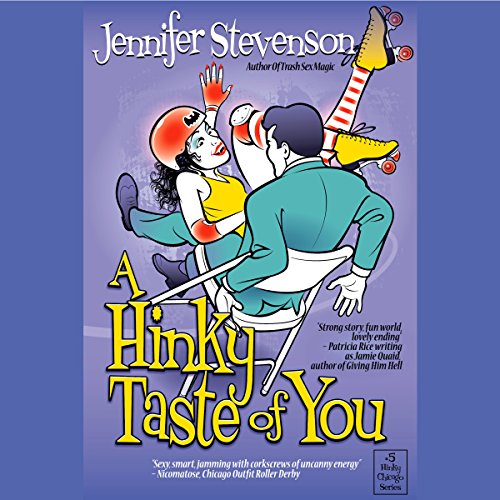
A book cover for A Hinky Taste of You; Jennifer Stevenson; Sports & Outdoors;